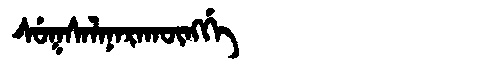
Manchu: ᠰᡠᡴᠰᠠᠯᠠᠨᠠᡵᠠᡴᡡᠩᡤᡝ
Romanization: SUKSALANARAKŪNGGE